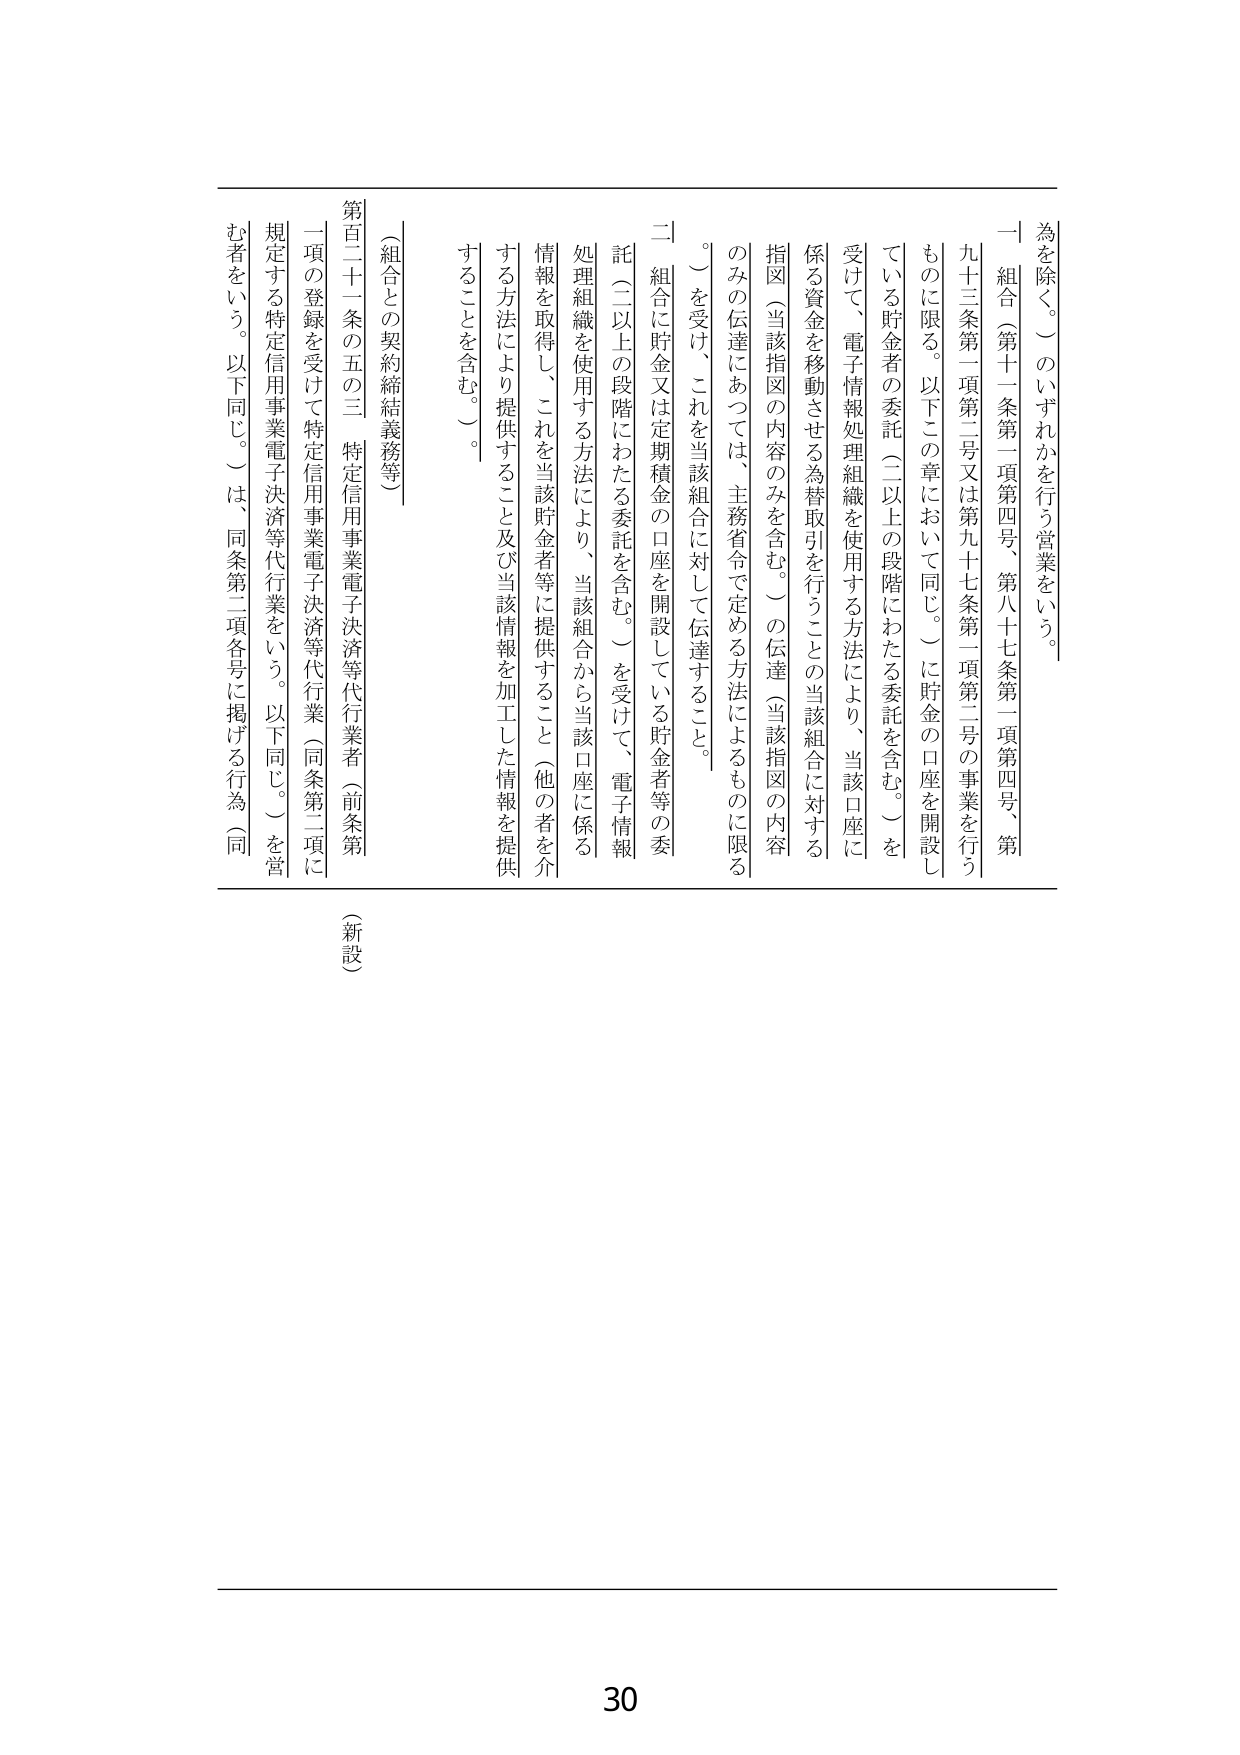
為を除く。）のいずれかを行う営業をいう。
一 組合（第十一条第一項第四号、第八十七条第一項第四号、第
九十三条第一項第二号又は第九十七条第一項第二号の事業を行う
ものに限る。以下この章において同じ。）に貯金の口座を開設し
ている貯金者の委託（二以上の段階にわたる委託を含む。）を
受けて、電子情報処理組織を使用する方法により、当該口座に
係る資金を移動させる為替取引を行うことの当該組合に対する
指図（当該指図の内容のみを含む。）の伝達（当該指図の内容
のみの伝達にあっては、主務省令で定める方法によるものに限る
。）を受け、これを当該組合に対して伝達すること。
二 組合に貯金又は定期積金の口座を開設している貯金者等の委
託（二以上の段階にわたる委託を含む。）を受けて、電子情報
処理組織を使用する方法により、当該組合から当該口座に係る
情報を取得し、これを当該貯金者等に提供すること（他の者を介
する方法により提供すること及び当該情報を加工した情報を提供
することを含む。）。
（組合との契約締結義務等）
第百二十一条の五の三 特定信用事業電子決済等代行業者（前条第
一項の登録を受けて特定信用事業電子決済等代行業（同条第二項に
規定する特定信用事業電子決済等代行業をいう。以下同じ。）を営
む者をいう。以下同じ。）は、同条第二項各号に掲げる行為（同
（新設）
30